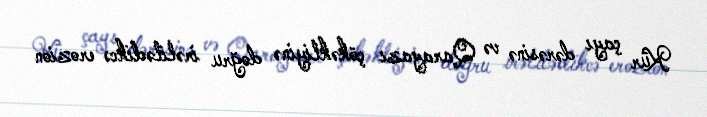
Kür çayı dərəsinə və Qarayazı çökəkliyinə doğru irəlilədikcə erozion